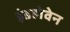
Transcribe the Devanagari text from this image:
इंडहोवेन